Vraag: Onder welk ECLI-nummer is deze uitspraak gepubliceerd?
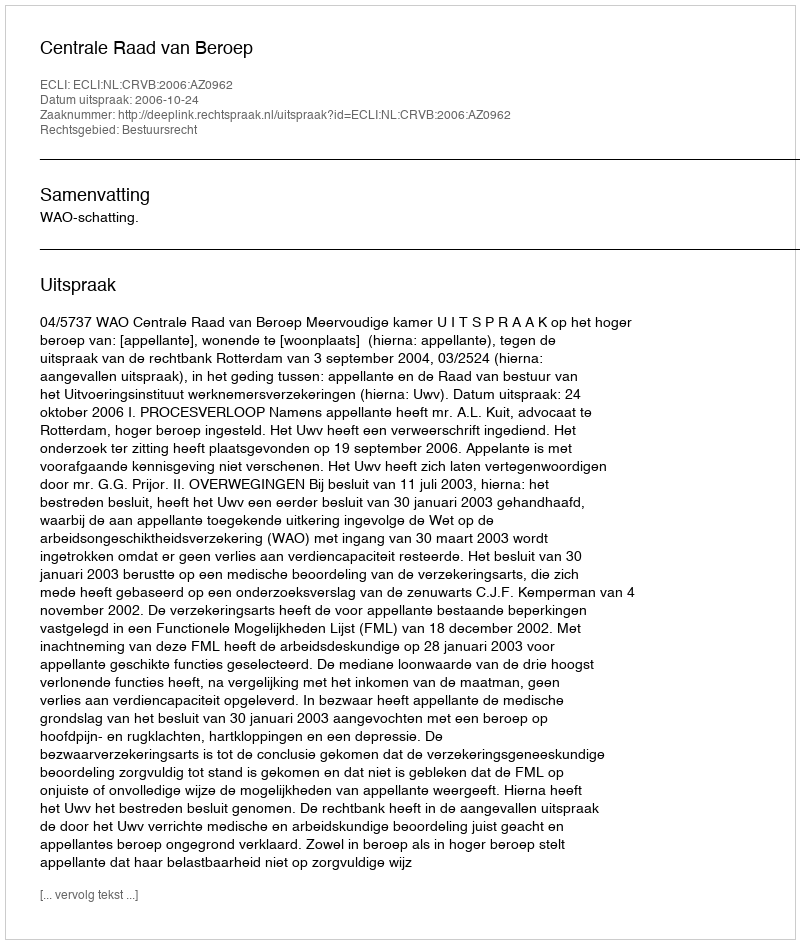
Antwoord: ECLI:NL:CRVB:2006:AZ0962